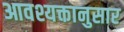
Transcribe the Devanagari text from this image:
आवश्यक्तानुसार